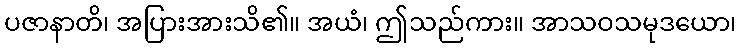
ပဇာနာတိ၊ အပြားအားသိ၏။ အယံ၊ ဤသည်ကား။ အာသဝသမုဒယော၊